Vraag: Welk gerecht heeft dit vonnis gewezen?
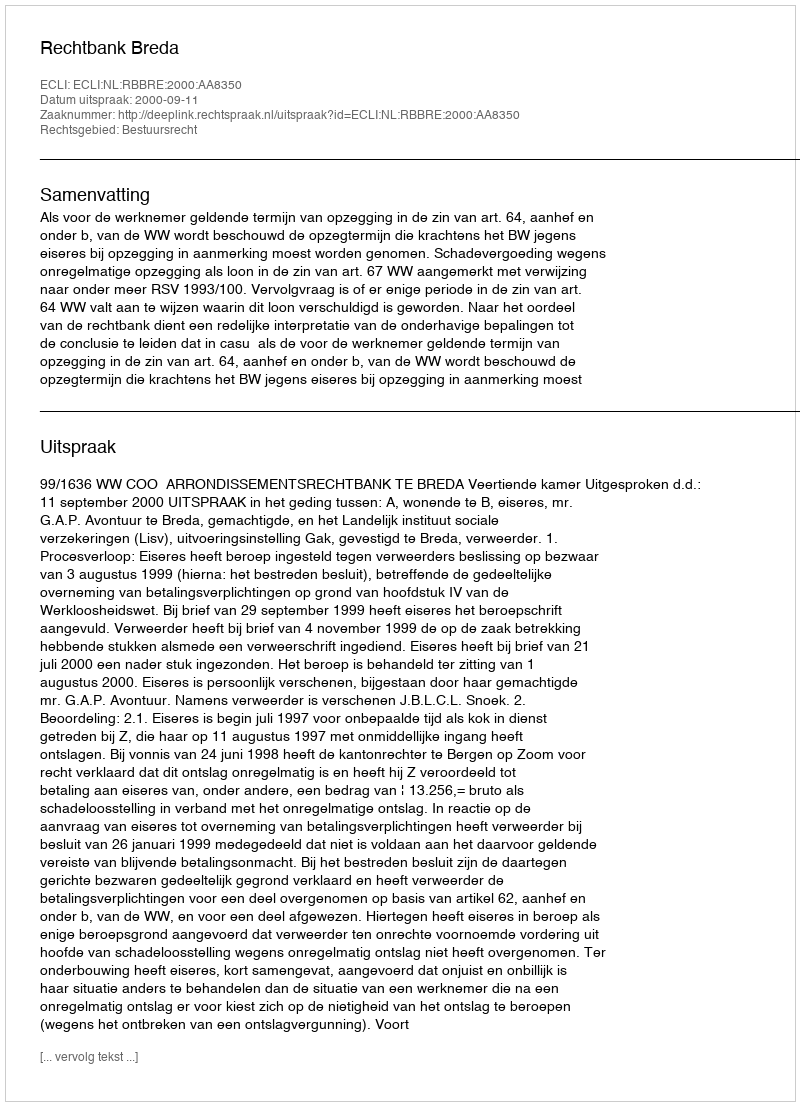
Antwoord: Rechtbank Breda